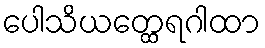
ပေါသိယတ္ထေရဂါထာ